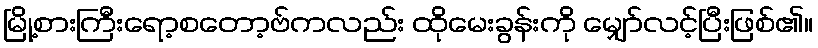
မြို့စားကြီးရော့စတော့ဗ်ကလည်း ထိုမေးခွန်းကို မျှော်လင့်ပြီးဖြစ်၏။